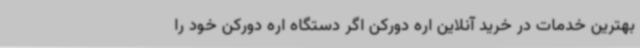
بهترین خدمات در خرید آنلاین اره دورکن اگر دستگاه اره دورکن خود را